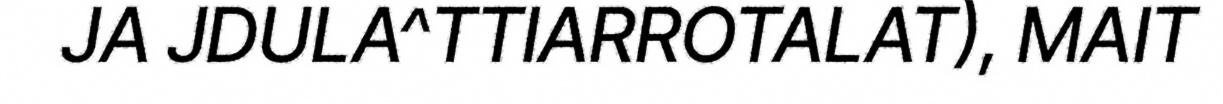
JA JDULA^TTIARROTALAT), MAIT